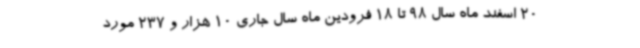
20 اسفند ماه سال 98 تا 18 فرودین ماه سال جاری 10 هزار و 237 مورد